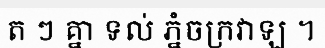
ត ៗ គ្នា ទល់ ភ្នំចក្រវាឡ ។